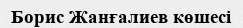
Борис Жанғалиев көшесі